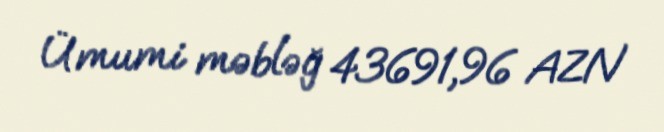
Ümumi məbləğ 43691,96 AZN